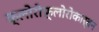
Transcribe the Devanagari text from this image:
क्लोरोफ़्लोरोकार्बन